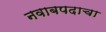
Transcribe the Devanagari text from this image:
नवाबपदाचा